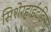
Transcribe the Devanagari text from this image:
सिशेरहाईटडिन्स्ट